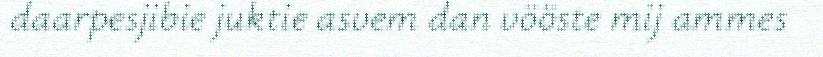
daarpesjibie juktie asvem dan vööste mij ammes